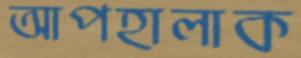
আপহালাক